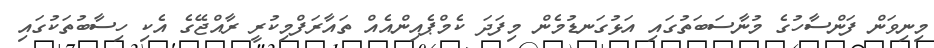
މިނިވަން ފަންސާހުގެ މުނާސަބަތުގައި އަޅުގަނޑުމެން މިފަދަ ކެމްޕެއިންއެއް ތައާރަފްމިކުރީ ރާއްޖޭގެ އެކި ހިސާބުތަކުގައި